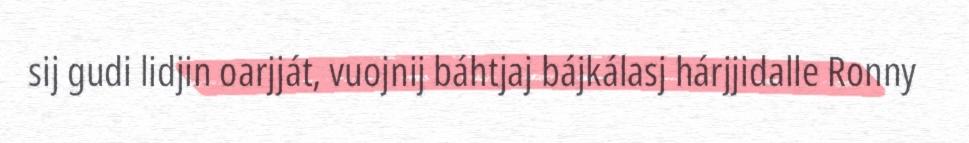
sij gudi lidjin oarjját, vuojnij báhtjaj bájkálasj hárjjidalle Ronny